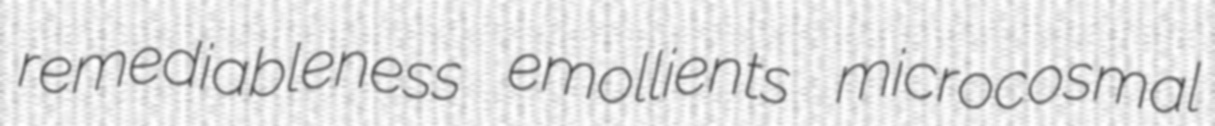
remediableness emollients microcosmal